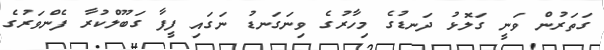
ގަތަރުން ވަނީ ގަލޮޅު ދަނޑުގެ މިހާރުގެ ވިނަގަނޑު ނަގައި ފީފާ ގަބޫލްކުރާ ފެންވަރުގެ